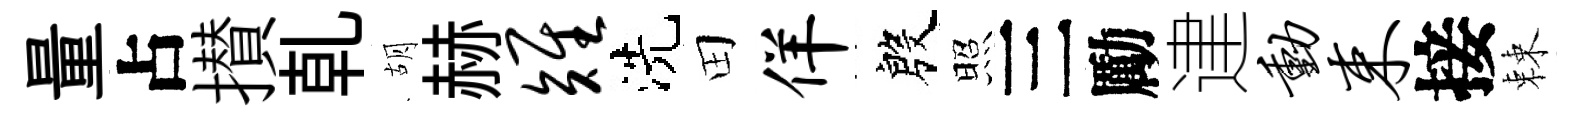
量占攅乹胡赫雉洗田佯殷照三勵䢖动束接棘